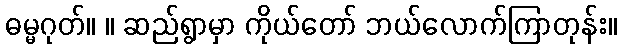
ဓမ္မဂုတ်။ ။ ဆည်ရွာမှာ ကိုယ်တော် ဘယ်လောက်ကြာတုန်း။